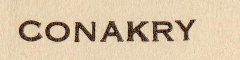
CONAKRY